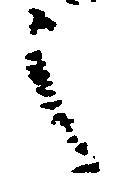
之